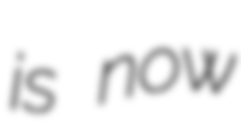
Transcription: is now